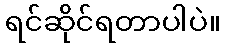
ရင်ဆိုင်ရတာပါပဲ။